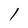
Character: 1